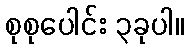
စုစုပေါင်း ၃ခုပါ။